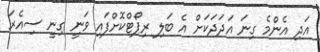
އަދި އެންމެ ގިނަ އަދަދަކަށް އެ ބަލި ރިޕޯޓްކޮށްފައި ވަނީ ގިނީ ސިއެރަ